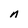
Character: n